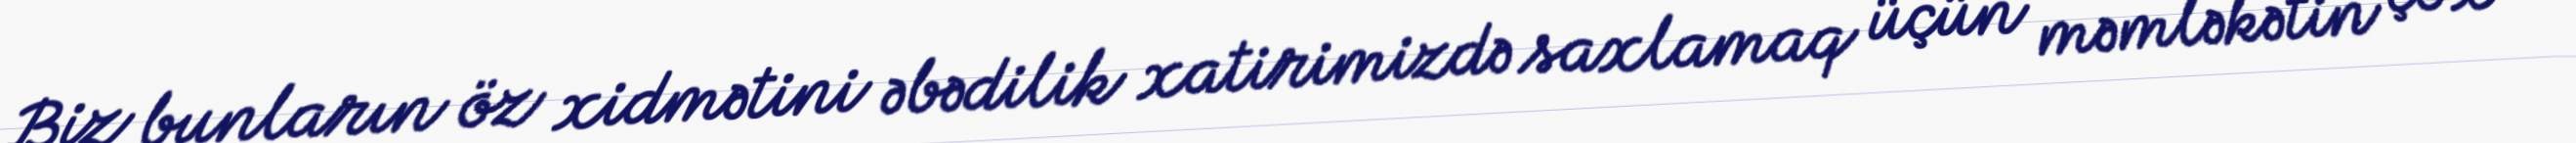
Biz bunların öz xidmətini əbədilik xatirimizdə saxlamaq üçün məmləkətin çox